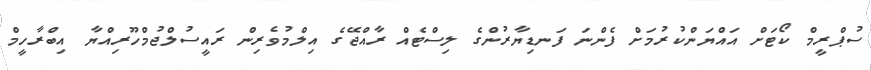
ސުޕްރީމް ކޯޓަށް އައްޔަންކުރުމަށް ފެންނަ ފަނޑިޔާރުންގެ ލިސްޓެއް ރާއްޖޭގެ އިލްމުވެރިން ރައީސުލްޖުމްހޫރިއްޔާ އިބްރާހީމް